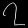
Digit: ၇